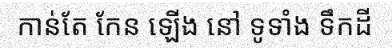
កាន់តែ កែន ឡើង នៅ ទូទាំង ទឹកដី